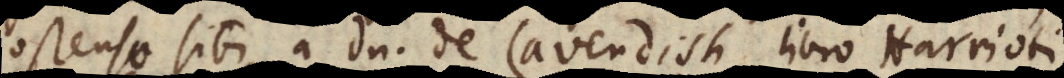
ostenso sibi a Domino de Cavendish libro Harrioti